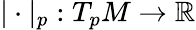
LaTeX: |\cdot|_{p}:T_{p}M\to\mathbb{R}